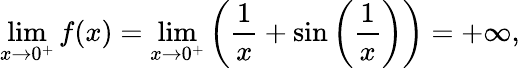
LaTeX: \operatorname*{lim}_{x\to 0^{+}}f(x)=\operatorname*{lim}_{x\to 0^{+}}\left({\frac{1}{x}}+\sin\left({\frac{1}{x}}\right)\right)=+\infty,